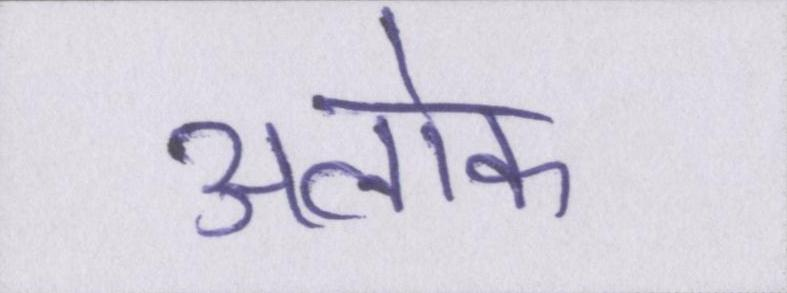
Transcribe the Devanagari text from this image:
अलोक